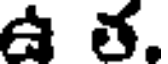
ఉ త.